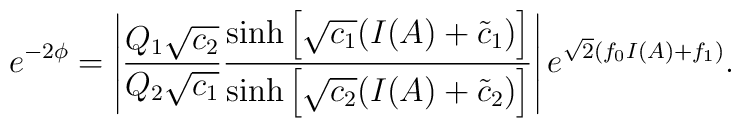
e^{-2\phi} = \left| \frac{ Q_1 \sqrt{c_2}}        {Q_2 \sqrt{c_1}}        \frac{\sinh \left[ \sqrt{c_1}         (I(A) + \tilde{c}_1 )        \right]}{\sinh \left[ \sqrt{c_2}         (I(A) + \tilde{c}_2 )        \right]}  \right|e^{\sqrt{2}(f_0 I(A)+f_1)} .